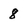
Character: 8